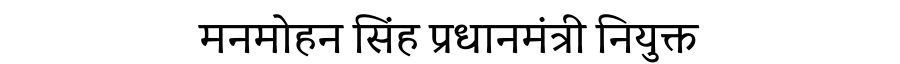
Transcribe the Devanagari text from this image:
मनमोहन सिंह प्रधानमंत्री नियुक्त